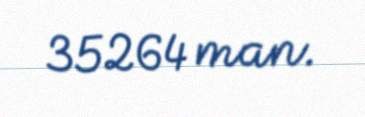
35264 man.